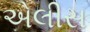
એલીસ